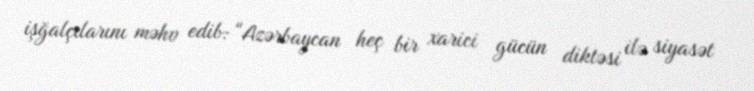
işğalçılarını məhv edib: “Azərbaycan heç bir xarici gücün diktəsi ilə siyasət